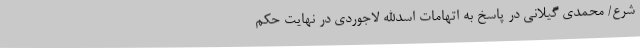
شرع/ محمدی گیلانی در پاسخ به اتهامات اسدالله لاجوردی در نهایت حکم